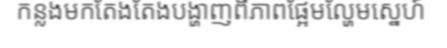
កន្លងមកតែងតែងបង្ហាញពីភាពផ្អែមល្ហែមស្នេហ៍